Lunatic asylums Central Provinces reports 1874-1885 - 1874-1885
Year: 1874
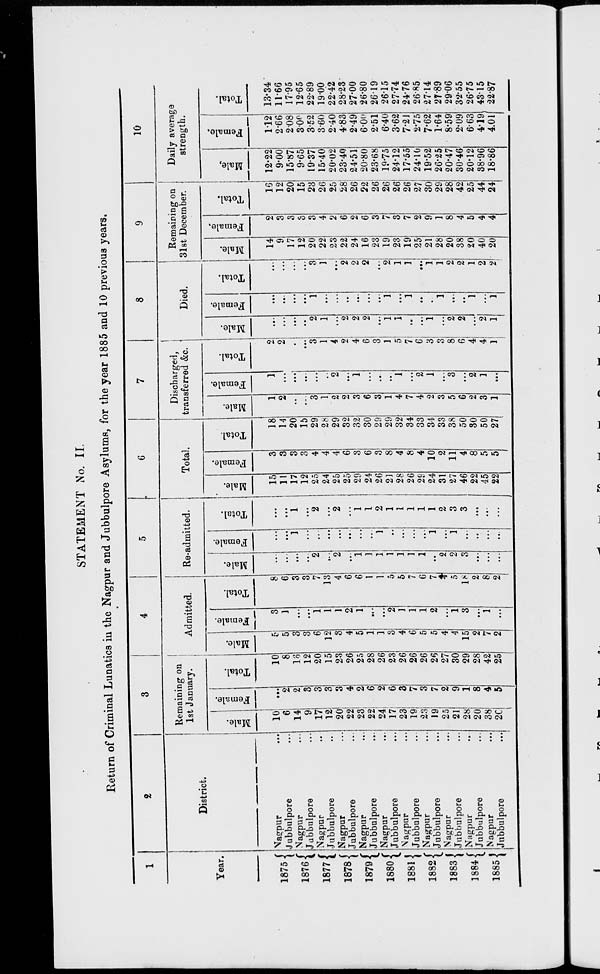
STATEMENT No. II.
Return of Criminal Lunatics in the Nagpur and Jubbulpore Asylums, for the year 1885 and 10 previous years.
1
Year.
1875
1876
1877
1878
1879
1880
1881
1882
1883
1884
1885
2
District.
Nagpur ...
Jubbulpore ...
Nagpur ...
Jubbulpore ...
Nagpur ...
Jubbulpore ...
Nagpur ...
Jubbulpore ...
Nagpur ...
Jubbulpore ...
Nagpur ...
Jubbulpore ...
Nagpur ...
Jubbulpore ...
Nagpur ...
Jubbulpore ...
Nagpur ...
Jubbulpore ...
Nagpur ...
Jubbulpore ...
Nagpur ...
Jubbulpore ...
3
Remaining on
1st January.
Male.
10
6
14
9
17
12
20
22
23
22
24
17
23
19
23
19
25
21
28
20
38
20
Female.
...
2
2
3
3
3
3
4
2
6
2
6
3
7
3
7
2
9
1
8
4
5
Total.
10
8
16
12
20
15
23
26
25
28
26
23
26
26
26
26
27
30
29
28
42
25
4
Admitted.
Male.
5
5
3
3
6
12
3
4
5
1
1
3
4
6
5
5
4
4
15
2
7
2
Female.
3
1
...
...
1
1
1
2
1
...
...
2
1
1
1
2
...
1
3
...
1
...
Total.
8
6
3
3
7
13
4
6
6
1
1
5
6
7
6
7
4
5
18
2
8
2
5
Re-admitted.
Male.
...
...
...
...
2
...
2
...
1
1
1
1
1
1
1
...
2
2
3
...
...
...
Female.
...
....
1
...
...
...
...
...
...
...
1
...
...
...
...
1
...
1
...
...
...
...
Total.
...
...
1
...
2
...
2
...
1
1
2
1
1
1
1
1
2
3
3
...
...
...
6
Total.
Male.
15
11
17
12
25
24
25
25
29
24
26
21
28
26
28
24
31
27
46
22
45
22
Female.
3
3
3
3
4
4
4
6
3
6
3
8
4
8
4
10
2
11
4
8
5
5
Total.
18
14
20
15
29
28
29
32
32
30
29
29
32
34
33
34
33
38
50
30
50
27
7
Discharged,
transferred &c.
Male.
1
2
...
...
3
1
2
2
3
6
3
1
4
7
4
2
3
5
6
2
3
1
Female.
1
...
...
...
...
,.
2
...
1
...
...
...
1
...
2
1
...
3
...
2
1
...
Total.
2
2
...
...
3
1
4
2
4
6
3
1
5
7
6
3
3
8
6
4
4
1
8
Died.
Male.
...
...
...
...
2
1
...
2
2
2
...
1
1
...
...
1
...
2
2
...
2
1
Female.
...
...
...
...
1
...
...
...
...
...
...
1
...
1
...
...
1
...
...
1
...
1
Total.
...
...
...
...
3
1
...
2
2
2
...
2
1
1
...
1
1
2
2
1
2
2
9
Remaining on
31st December.
Male.
14
9
17
12
20
22
23
22
24
16
23
19
23
19
25
21
28
20
38
20
40
20
Female.
2
3
3
3
3
4
2
6
2
6
3
7
3
7
2
9
1
8
4
5
4
4
Total.
16
12
20
15
23
26
25
28
26
22
26
26
26
26
27
30
29
28
42
25
44
24
10
Daily average
strength.
Male.
12.22
9.00
15.87
9.65
19.37
15.40
20.02
23.40
24.51
20.80
23.68
19.75
24.12
17.55
24.10
19.52
26.25
20.47
30.46
20.12
38.96
18.86
Female.
1.12
2.66
2.08
3.09
3.52
3.60
2.40
4.83
2.49
6.00
2.51
6.40
3.62
7.21
2.75
7.62
1.64
8.59
2.09
6.63
4.19
4.01
Total.
13.34
11.66
17.95
12.65
22.89
19.00
22.42
28.23
27.00
26.80
26.19
26.15
27.74
24.76
26.85
27.14
27.89
29.06
32.55
26.75
43.15
22.87